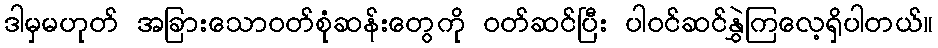
ဒါမှမဟုတ် အခြားသောဝတ်စုံဆန်းတွေကို ဝတ်ဆင်ပြီး ပါဝင်ဆင်နွှဲကြလေ့ရှိပါတယ်။